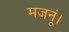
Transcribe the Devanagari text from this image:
मजनूं।